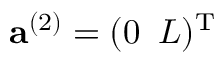
{ \bf a } ^ { ( 2 ) } = ( 0 \, \, \, L ) ^ { \textup T }